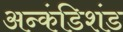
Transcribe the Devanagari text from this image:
अन्कंडिशंड